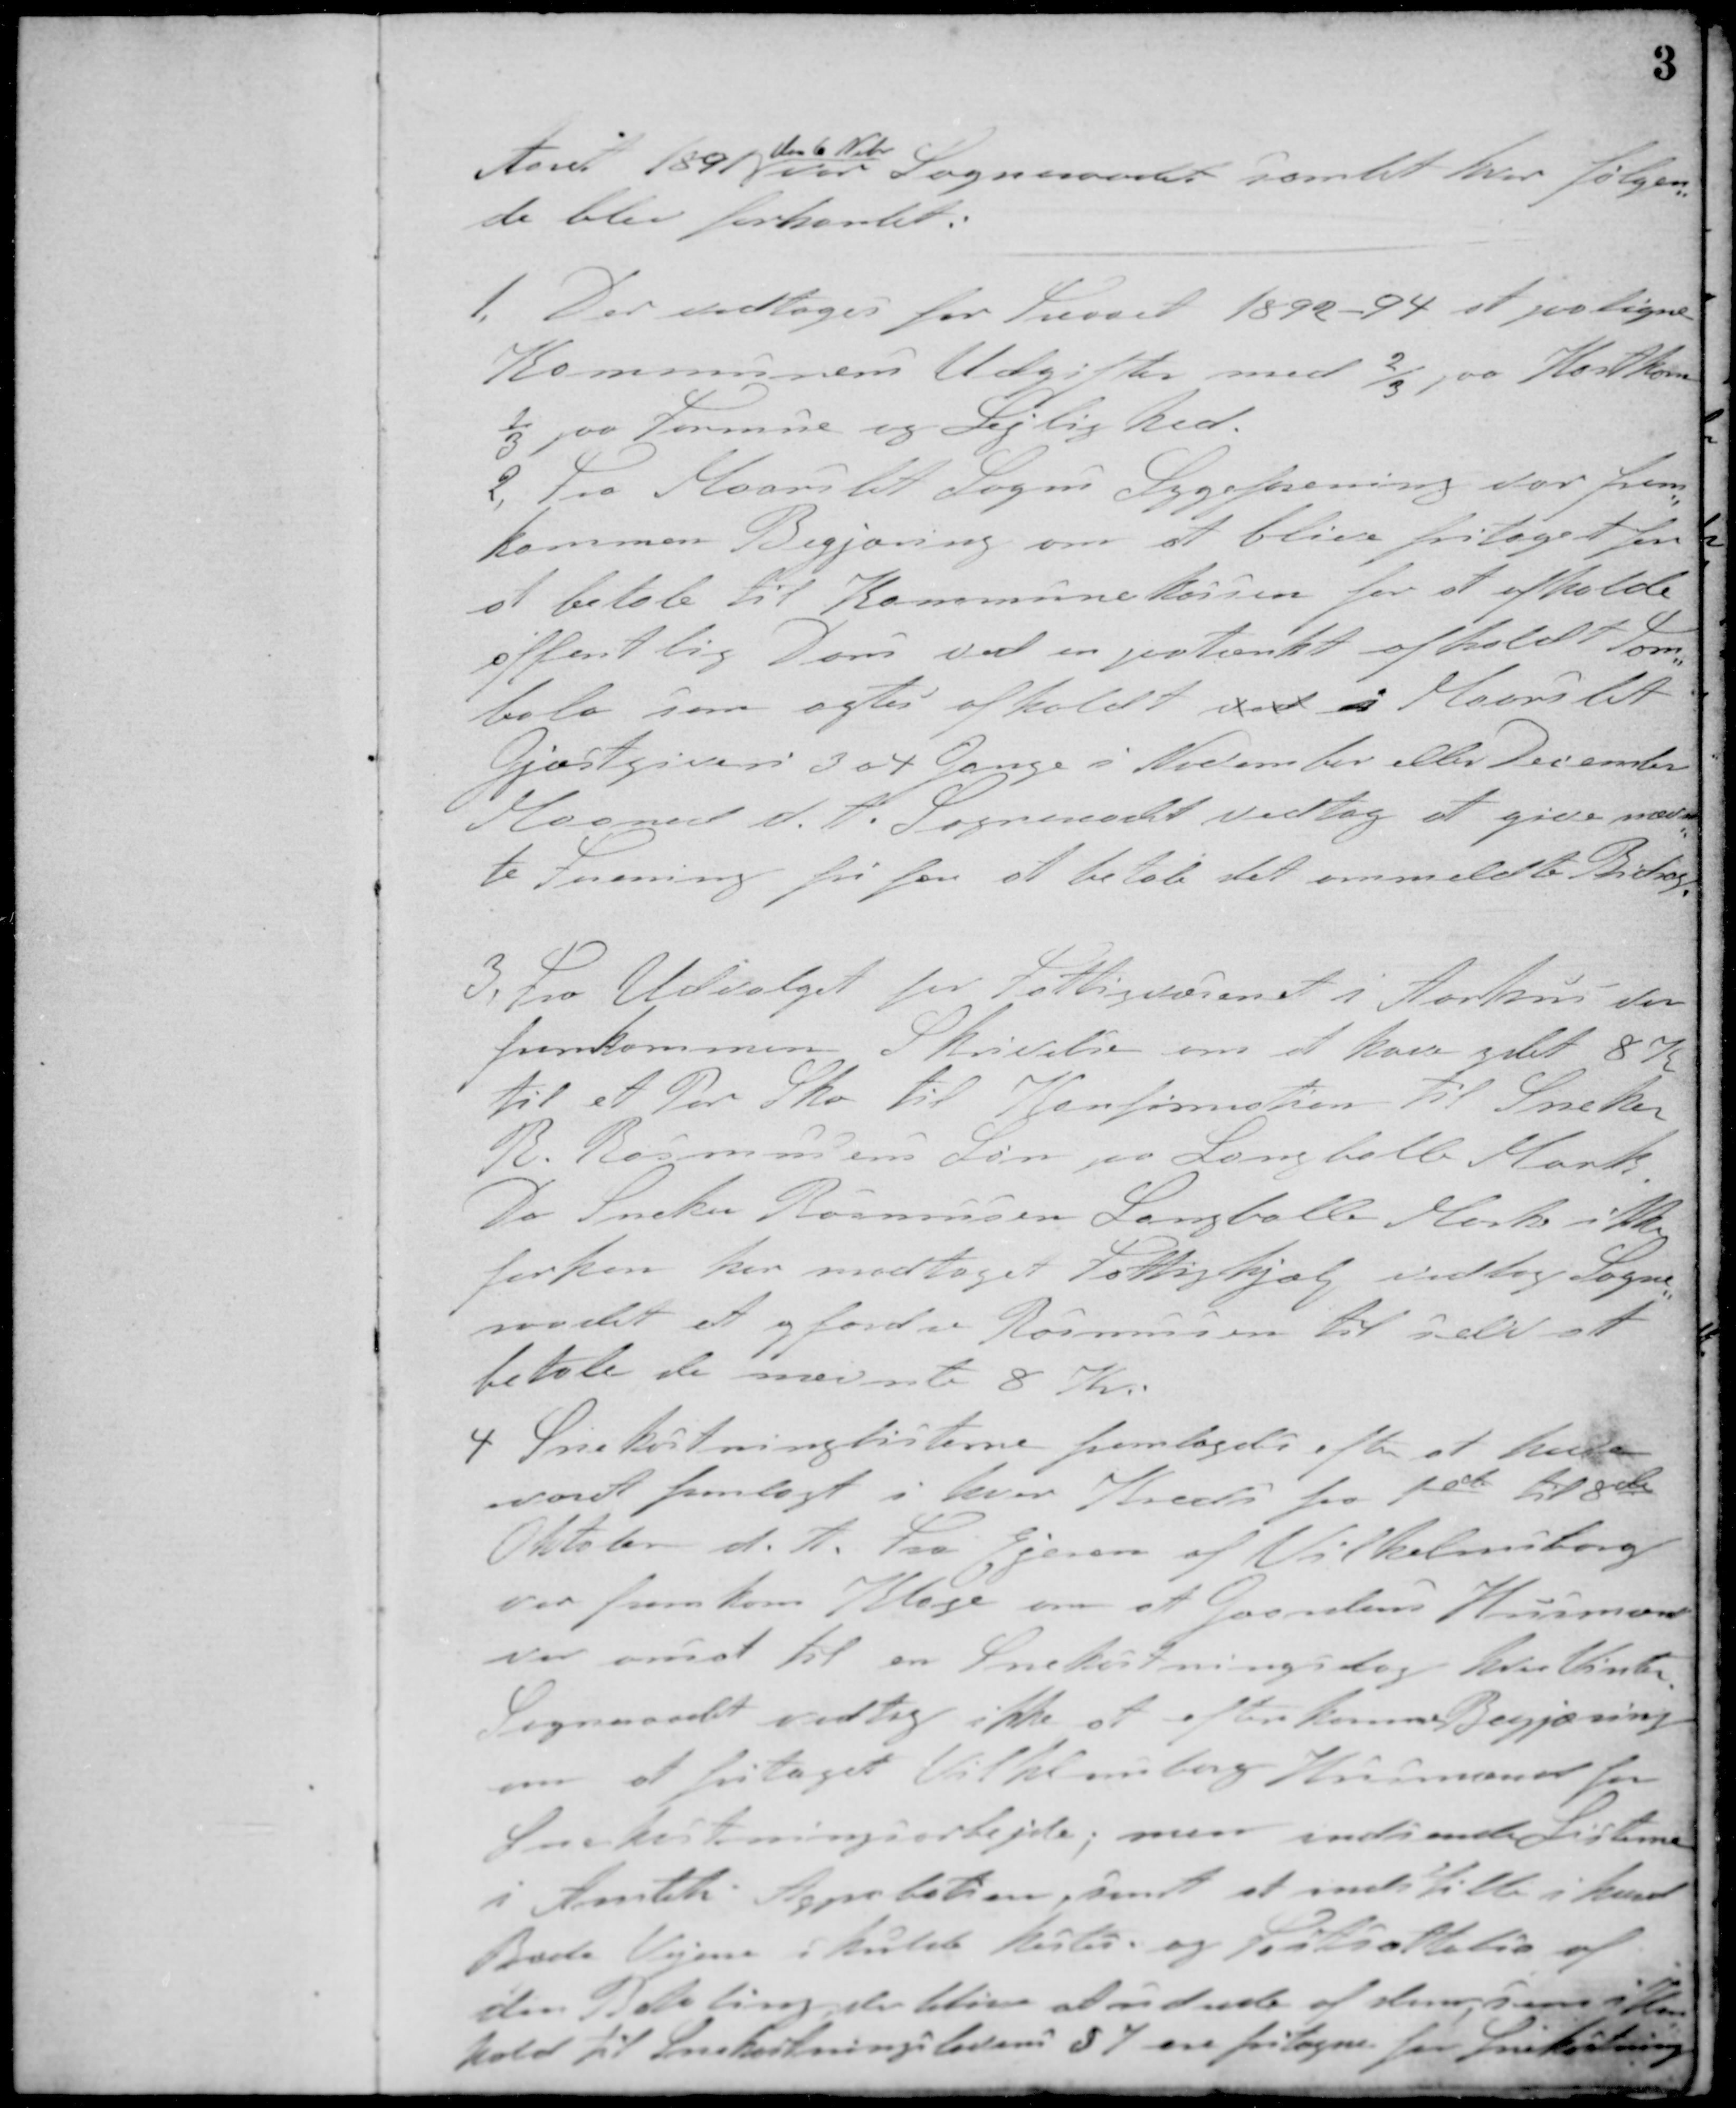
Transskription:
Aaret 1891
den 6 Nobr.
var Sogneraadet samlet hvor følgen-
de blev forhandlet.
1. Der vedtoges for Treaaret 1892 - 94 at paaligne
Kommunens Udgifter med 2/3 paa Hartkorn
1/3 paa Formue og Lejlighed.
2. Fra Maarslet Sogns Sygeforening der frem-
kommen Begjæring om at blive fritaget for
at betale til Kommunekassen for at afholde
offentlig Dans ved en paatænkt afholdt Tom-
bola som agtes afholdt ved i Maarslet
Gjæstgiveri 3 a 4 Gange i November eller December
Maaned d. A. Sogneraadet vedtog at give nævn-
te Forening fri for at betale det ommeldte Bidrag.
3. Fra Udvalget for Fattigvæsenet i Aarhus var
fremkommen Skrivelse om at have ydet 8 Kr.
til et Par Sko til Konfirmation til Sneker
R. Rasmussens Søn paa Langballe Mark.
Da Sneker Rasmussen Langballe Mark ikke
forhen har modtaget Fattighjælp vedtog Sogne-
raadet at opfordre Rasmussen til selv at
betale de nævnte 8 Kr.
4 Snekastninglisterne fremlagdes efter at have
været fremlagt i hver Kreds fra 1ste til 8de
Oktober d. A. Fra Ejeren af Vilhelmsborg
var fremkom Klage om at Gaardens Husmænd
var ansat til en Snekastningsdag hver Vinter.
Sogneraadet vedtog ikke at efterkomme Begjæring
om at fritaget Vilhelmsborg Husmænd for
Snekastningsarbejde, men indsende Listerne
i Amtets Approbationsraad, samt at indstille i hvert
Brede Vejene i skulde kastes, og fastsættelse af
den Betaling der bliver at udrede af dem, xxx i Hen-
hold til Snekastningslovens § 7 om fritagne for Snekastning.